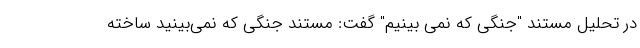
در تحلیل مستند "جنگی که نمی بینیم" گفت: مستند جنگی که نمی‌بینید ساخته